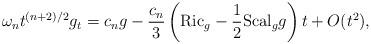
LaTeX: \begin{align*}\omega_nt^{(n+2)/2}g_t=c_ng-\frac{c_n}{3}\left(\mathrm{Ric}_g-\frac{1}{2}\mathrm{Scal}_gg\right)t +O(t^2),\end{align*}